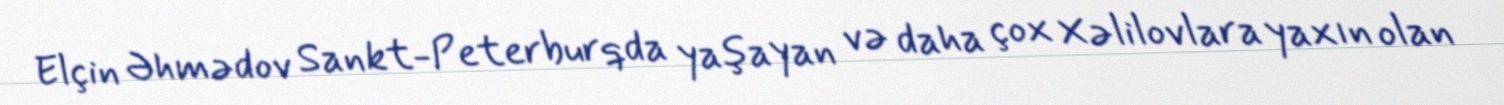
Elçin Əhmədov Sankt-Peterburqda yaşayan və daha çox Xəlilovlara yaxın olan